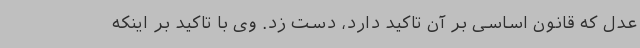
عدل که قانون اساسی بر آن تاکید دارد، دست زد. وی با تاکید بر اینکه